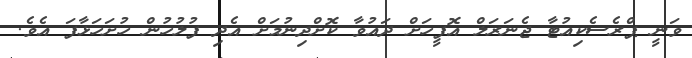
ވަނީ ޕްރެސެކިއުޓާ ޖެނަރަލް އޮފީހަށް ދައުވާ ކޮށްދިނުމަށް އެދި ފުލުހުން ހުށަހަޅާފަ އެވެ.